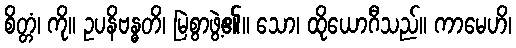
စိတ္တံ၊ ကို။ ဥပနိဗန္ဓတိ၊ မြဲစွာဖွဲ့၏။ သော၊ ထိုယောဂီသည်။ ကာမေဟိ၊